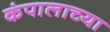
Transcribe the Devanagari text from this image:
कंपालाच्या